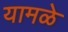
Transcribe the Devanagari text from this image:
यामळे